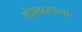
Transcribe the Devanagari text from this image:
चोपदाराच्या